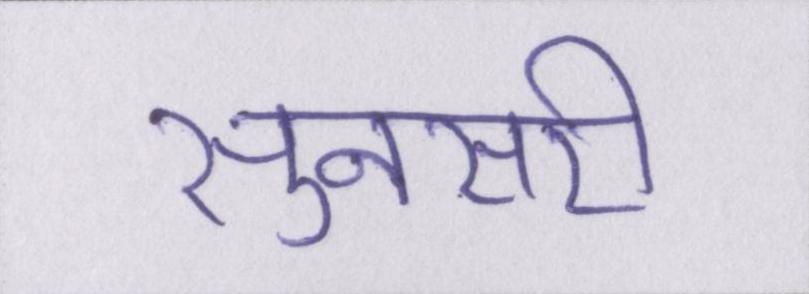
सुनसरी